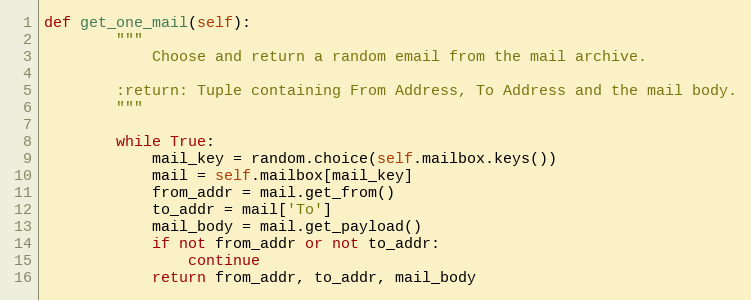
Language: Python
def get_one_mail(self):
        """
            Choose and return a random email from the mail archive.

        :return: Tuple containing From Address, To Address and the mail body.
        """

        while True:
            mail_key = random.choice(self.mailbox.keys())
            mail = self.mailbox[mail_key]
            from_addr = mail.get_from()
            to_addr = mail['To']
            mail_body = mail.get_payload()
            if not from_addr or not to_addr:
                continue
            return from_addr, to_addr, mail_body